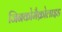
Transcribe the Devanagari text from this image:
जिनकोमैक्रोलाइड